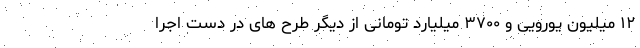
۱۲ میلیون یورویی و ۳۷۰۰ میلیارد تومانی از دیگر طرح های در دست اجرا